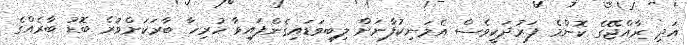
އަދި ރާއްޖޭގެ ކޮންމެ ފަރުދަކީވެސް އެމަނިކުފާނަށް ލިބިވަޑައިގެންފައިވާ ހުރިހާ ބާރަކަށްވުރެ ބޮޑު ބާރެއްގެ